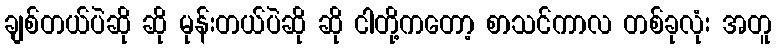
ချစ်တယ်ပဲဆို ဆို မုန်းတယ်ပဲဆို ဆို ငါတို့ကတော့ စာသင်ကာလ တစ်ခုလုံး အတူ